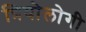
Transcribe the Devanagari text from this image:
त्रियोलोगी